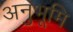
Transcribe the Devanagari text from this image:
अनुभूमि